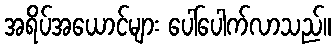
အရိပ်အယောင်များ ပေါ်ပေါက်လာသည်။